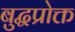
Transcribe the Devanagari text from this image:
बुद्धप्रोक्त